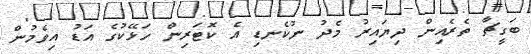
ބަގީޗާ ތެރެއިން ދިޔައިރު މެދު ނުކެނޑި އެ ކޮޓަރިން ހަޅޭކުގެ އަޑު އިވެމުން